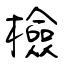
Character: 檢